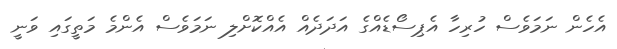
އެހެން ނަމަވެސް ހުރިހާ އެޕިސޯޑެއްގެ އަދަދެއް އެއްކޮށްލި ނަމަވެސް އެންމެ މަތީގައި ވަނީ